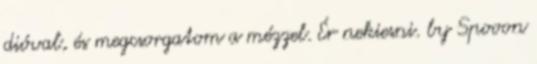
dióval, és megcsorgatom a mézzel. Ér nekiesni. by Spooon